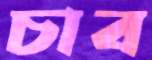
চাব